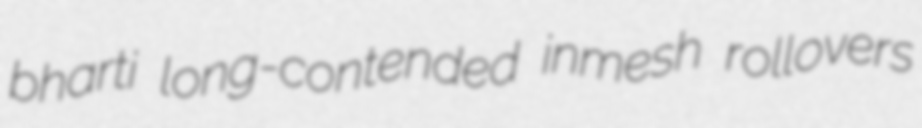
bharti long-contended inmesh rollovers